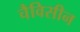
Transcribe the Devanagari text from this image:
चैविसीन